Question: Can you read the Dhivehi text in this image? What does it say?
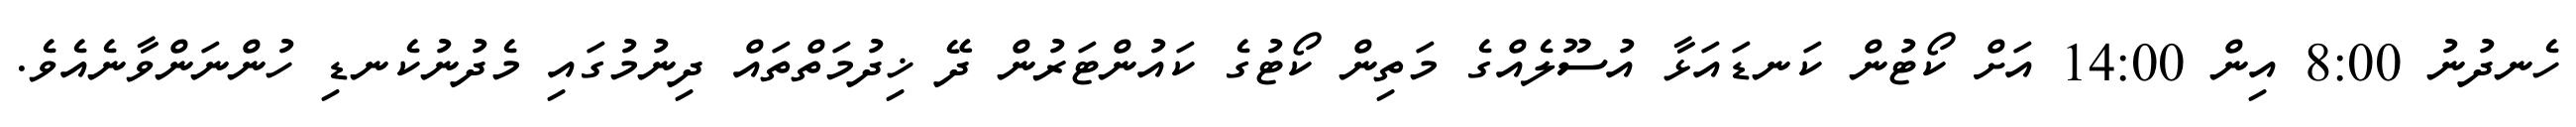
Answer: ހެނދުނު 8:00 އިން 14:00 އަށް ކޯޓުން ކަނޑައަޅާ އުސޫލެއްގެ މަތިން ކޯޓުގެ ކައުންޓަރުން ދޭ ޚިދުމަތްތައް ދިނުމުގައި މެދުނުކެނޑި ހުންނަންވާނެއެވެ.